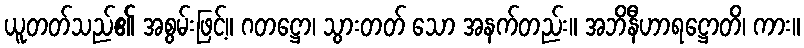
ယူတတ်သည်၏ အစွမ်းဖြင့်။ ဂတဋ္ဌော၊ သွားတတ် သော အနက်တည်း။ အဘိနီဟာရဋ္ဌောတိ၊ ကား။